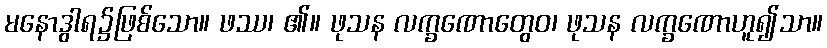
မနောဒွါရ၌ဖြစ်သော။ ဖဿ၊ ၏။ ဖုသန လက္ခဏောတွေဝ၊ ဖုသန လက္ခဏောဟူ၍သာ။